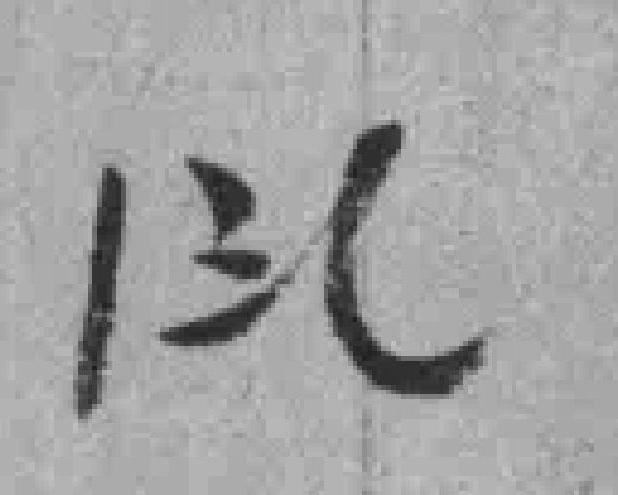
*